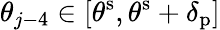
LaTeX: \theta_{j-4}\in[\theta^{\mathrm{s}},\theta^{\mathrm{s}}+\delta_{\mathrm{p}}]